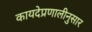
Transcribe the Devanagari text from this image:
कायदेप्रणालीनुसार